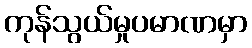
ကုန်သွယ်မှုပမာဏမှာ